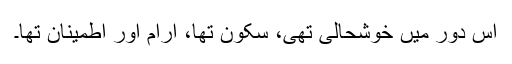
اُس دور میں خوشحالی تھی، سکون تھا، آرام اور اطمینان تھا۔